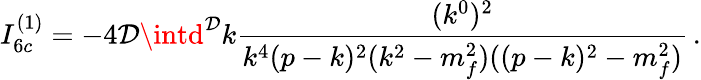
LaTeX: I_{6c}^{(1)}=-4\mathcal{D}\intd^{\mathcal{D}}k\frac{{(k^{0})^{2}}}{{k^{4}(p-k)^{2}(k^{2}-m_{f}^{2})((p-k)^{2}-m_{f}^{2})}}\, .